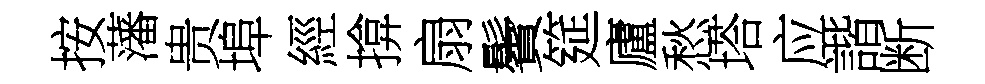
按藩贵埠經揜扇鬢筵廬愁塔应諧断